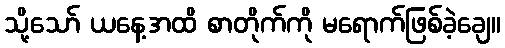
သို့သော် ယနေ့အထိ စာတိုက်ကို မရောက်ဖြစ်ခဲ့ချေ။